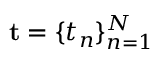
\mathbf { t } = \{ t _ { n } \} _ { n = 1 } ^ { N }